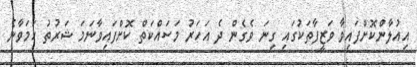
އިއުލާންކޮށްފައިވާ ވަޒީފާތަކުގައި ގިނަ ވެގެން ދެ އަހަރު މަސައްކަތް ކޮށްފައިވާނަމަ ޝަރުތު ހަމަވާނެ